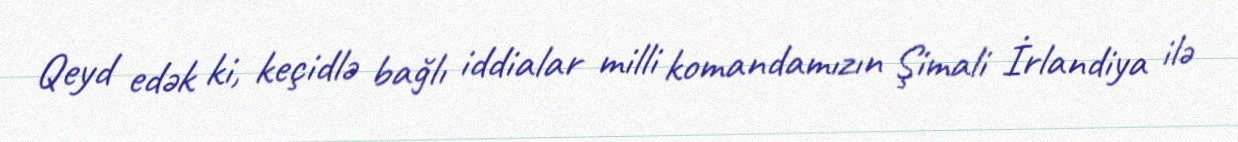
Qeyd edək ki, keçidlə bağlı iddialar milli komandamızın Şimali İrlandiya ilə